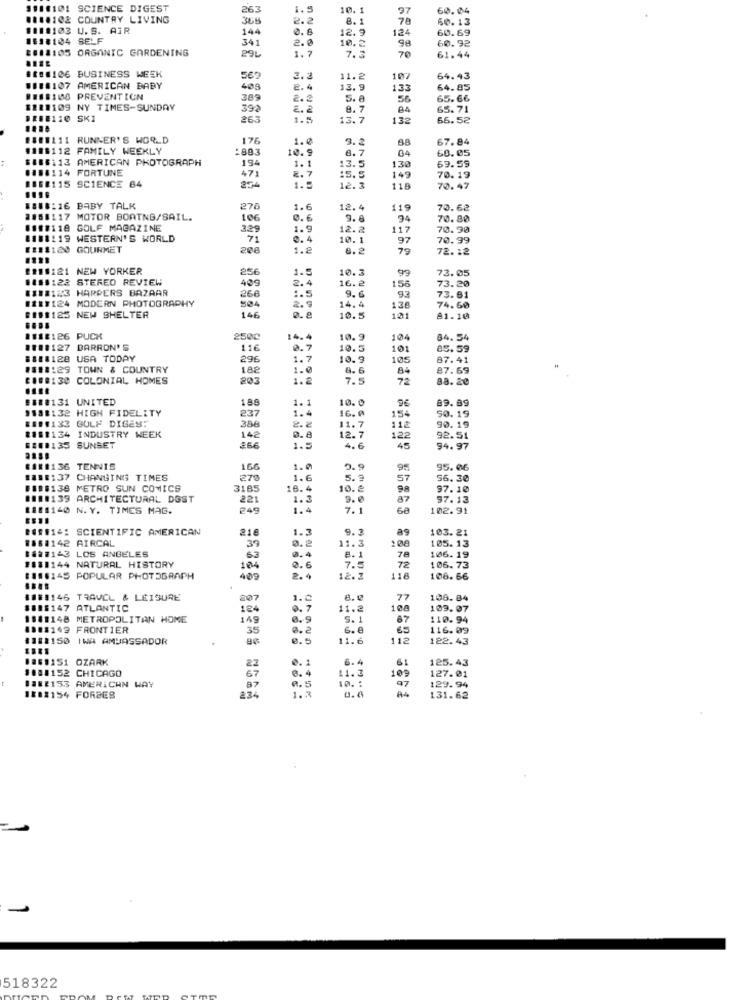
1110101 SCIENCE DIGEST
263
1.5
10.1
97
60.04
01:4102 COUNTRY LIVING
365
2.2
8.1
78
60.13
1111103 U.S. AIR
144
0.8
12.9
124
60.69
1:18104 SELF
2. 0
10.2
60.92
####105 ORGANIC GARDENING
341
296
1.7
7. 3
70
61.44
####106 BUSINESS WEEK
3.3
11.2
107
64.43
11:8107 AMERICAN BABY
408
2. 4
13.
133
64.85
##1:100 PREVENTION
389
2.2
5.8
56
65.66
$111109 NY TIMES-SUNDAY
392
2. 2
84
65.71
$158110 SK1
263
1.5
13.7
132
66.52
#8:1111 RUNNER'S WORLD
176
1.0
9.2
88
67.84
#188112 FAMILY WEEKLY
:883
10.9
6.7
04
60.05
$IBS:13 AMERICAN PHOTOGRAPH
194
1.1
130
69.59
0188114 FORTUNE
13.5
471
:5.5
149
70. 19
#16#115 SCIENCE 64
254
1.5
12.3
118
70.47
1888:16 BABY TALK
270
1.6
12.4
119
70.62
3188117 MOTOR BOATNG/SAIL.
106
0.6
9.6
94
70.80
####118 GOLF MAGAZINE
329
1.9
12.2
117
70.90
8181119 WESTERN'S WORLD
71
0.4
10.1
97
70.99
E211120 GOURMET
208
1.2
8.2
79
72. 12
ER10121 NEW YORKER
256
1.5
10.3
99
73.05
1189122 STEREO REVIEW
409
16.2
156
73.20
1111123 HARPERS BAZAAR
2.4
9.6
1111124 MODERN PHOTOGRAPHY
266
14.4
73.61
504
2.9
138
74.60
BISB185 NEW SHELTER
146
. e
10.5
101
81.10
1118:26 PUCK
2500
14.
10.9
104
84.54
110:127 DARRON'S
116
0.7
10.5
101
85.59
8118128 USA TODAY
296
1.7
10.9
105
87.41
###8:29 TOWN & COUNTRY
182
1.0
84
87.69
&###:30 COLONIAL HOMES
203
1.2
8.6
7.5
72
88. 20
#11:131 UNITED
199
10.0
9€
89.89
118:132 HIGH FIDELITY
237
1.
1.4
ES:#133 GULF DIGES:
2.2
16.0
154
50.19
1181134 INDUSTRY WEEK
386
11.7
110
90.19
142
12.7
122
92.51
####135 SUNSET
266
1.
4. 6
45
94.97
####136 TENNIS
166
1.0
9.9
95
95.06
#898137 CHANGING TIMES
278
1.6
5.9
57
56.30
####138 METRO SUN COMICS
3185
18.4
10. º
98
97.10
####139 ARCHITECTURAL DOST
221
1.3
2.0
87
97.13
1888140 N. Y. TIMES MAG.
249
1.4
7.1
68
102.91
B###14: SCIENTIFIC AMERICAN
218
1.3
9.3
as
103.21
#168142 AIRCAL
0.2
:08
105.13
1&##143 LOS ANGELES
39
11.3
106.19
F181144 NATURAL HISTORY
63
0.4
8.1
78
104
0.6
7.5
72
106.73
8118145 POPULAR PHOTOGRAPH
409
2.4
12.2
118
106. 66
###8146 TRAVEL & LEISURE
2017
1.0
8.9
77
106. 84
8818147 ATLANTIC
184
0. 7
11.2
108
103.07
1981148 METROPOLITAN HOME
149
5.1
87
110-94
89:#149 FRONTIER
35
6.8
65
116.09
#182150 IWA AMBASSADOR
0.5
11.6
112
122.43
1.81151 OZARK
22
0.1
6.4
61
125.43
$1:1152 CHICAGO
109
87
67
0.5
6. 4
11.3
10. :
97
129.94
127.01
##82153 AMERICAN WAY
1.3
1882154 FORBES
234
0.0
131.62
518322